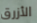
الأزرق